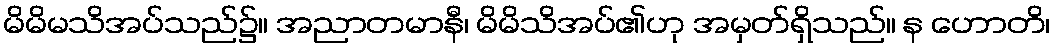
မိမိမသိအပ်သည်၌။ အညာတမာနီ၊ မိမိသိအပ်၏ဟု အမှတ်ရှိသည်။ န ဟောတိ၊